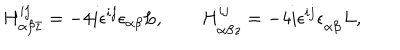
H _ { \alpha \beta \bar { z } } ^ { i j } = - 4 i \epsilon ^ { i j } \epsilon _ { \alpha \beta } L , \qquad H _ { \dot { \alpha } \dot { \beta } z } ^ { i j } = - 4 i \epsilon ^ { i j } \epsilon _ { \dot { \alpha } \dot { \beta } } L ,